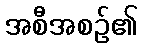
အစီအစဉ်၏